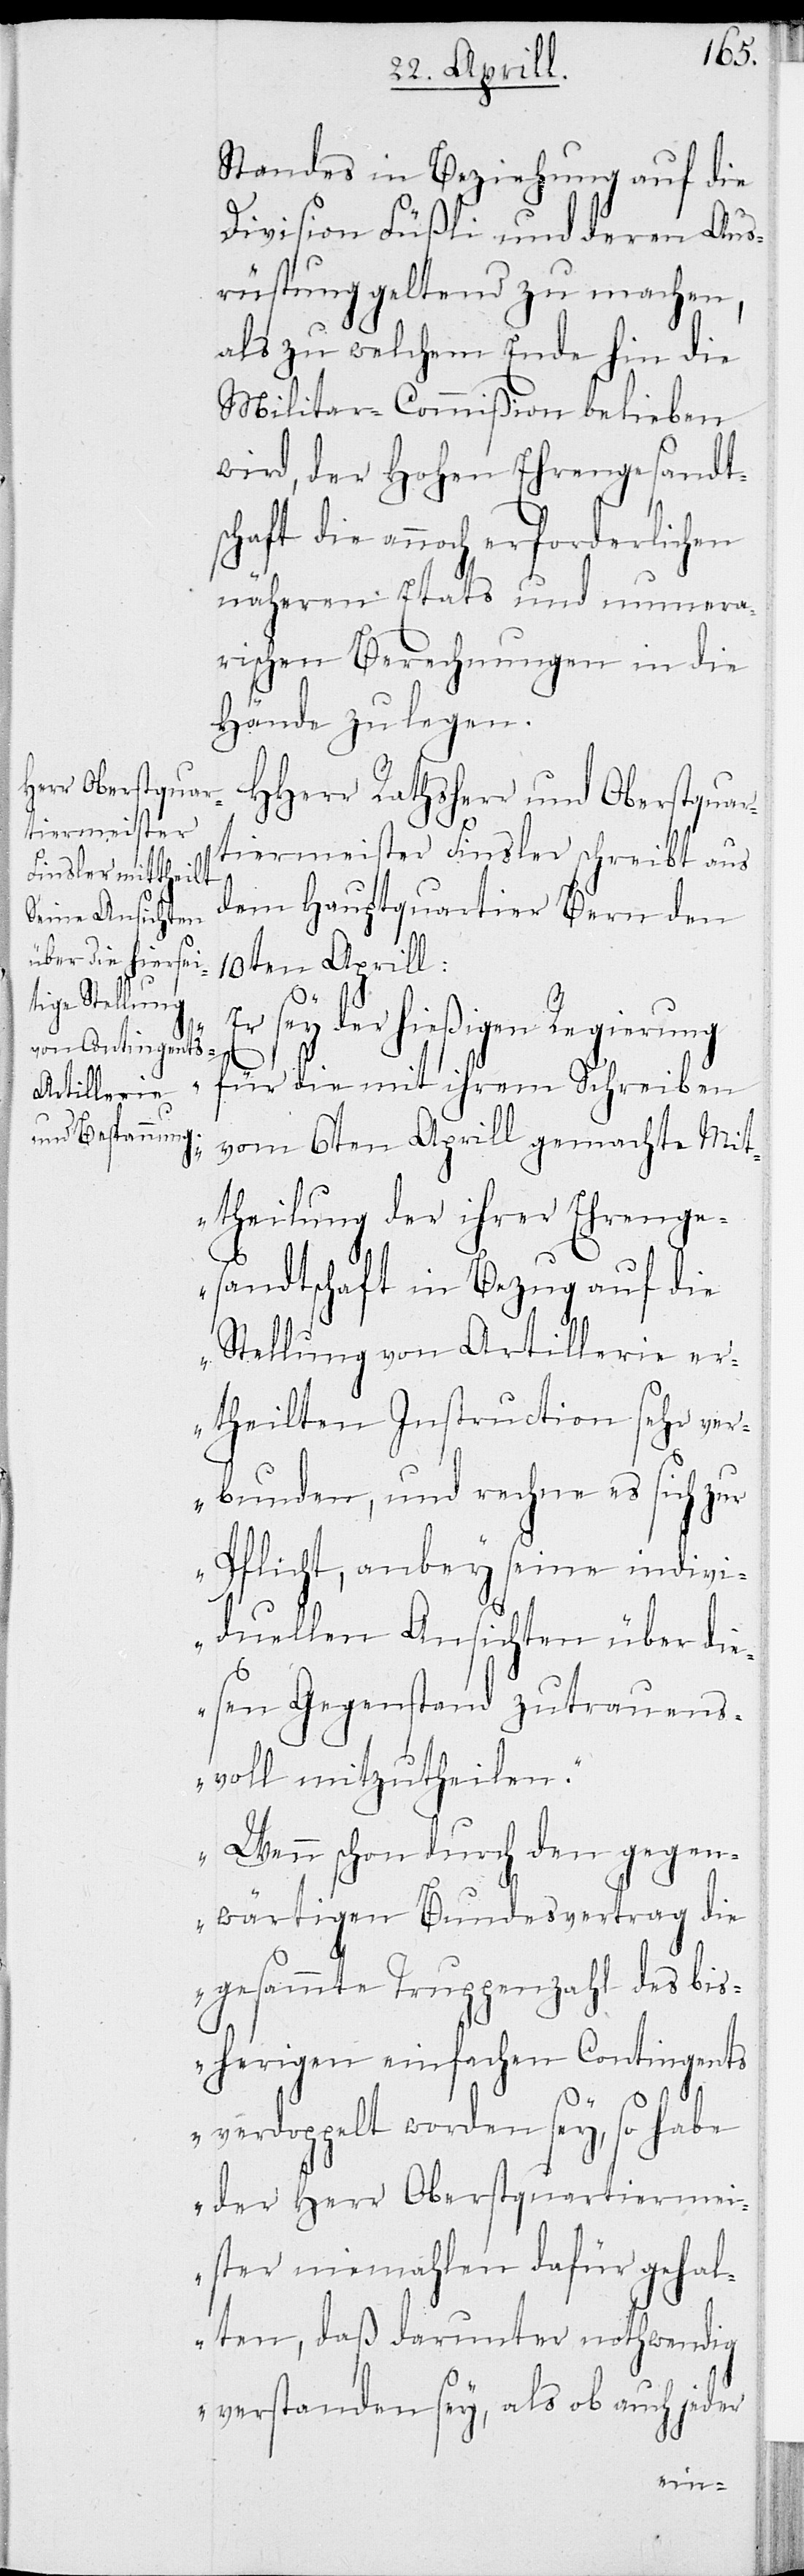
Standes in Beziehung auf die
Division Füßli und deren Aus¬
rüstung geltend zu machen,
als zu welchem Ende hin die
Militar-Commißion belieben
wird, der Hohen Ehrengesandt¬
schaft die annoch erforderlichen
näheren Etats und numera¬
rischen Berechnungen in die
Hände zu legen.
Herr Rathsherr und Oberstquar¬
tiermeister Finsler schreibt aus
dem Hauptquartier Bern den
10ten Aprill:
„Es sey der hießigen Regierung
für die mit ihrem Schreiben
vom 6ten Aprill gemachten Mit¬
theilung der ihrer Ehrenge¬
sandtschaft in Bezug auf die
Stellung von Artillerie er¬
theilten Instructionen sehr ver¬
bunden, und nehme es sich zur
Pflicht, anbey seine indivi¬
duellen Ansichten über die¬
sen Gegenstand zutrauens¬
voll mitzutheilen.
Wenn schon durch den gegen¬
wärtigen Bundesvertrag die
gesammte Truppenzahl des bis¬
herigen einfachen Contingents
verdoppelt worden sey, so habe
der Herr Oberstquartiermei¬
ster niemahlen dafür gehal¬
ten, daß darunter nothwendig
verstanden sey, als ob auch jeder